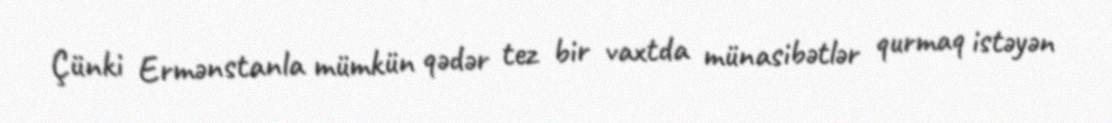
Çünki Ermənstanla mümkün qədər tez bir vaxtda münasibətlər qurmaq istəyən